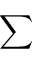
\sum